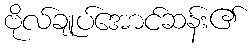
ဗိုလ်ချုပ်အောင်ဆန်း၏